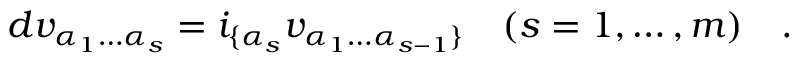
d v _ { \alpha _ { 1 } \dots \alpha _ { s } } = i _ { \{ \alpha _ { s } } v _ { \alpha _ { 1 } \dots \alpha _ { s - 1 } \} } \quad ( s = 1 , \dots , m ) \quad .